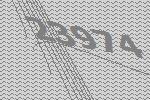
23974